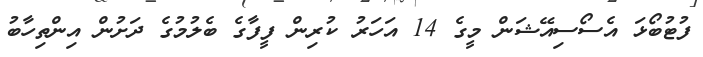
ފުޓުބޯޅަ އެސޯސިއޭޝަން މީގެ 14 އަހަރު ކުރިން ފީފާގެ ބެލުމުގެ ދަށުން އިންތިހާބު